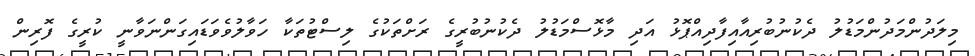
މިލަދުންމަދުންމަޑުލު ދެކުނުބުރިއާއިފާދިއްޕޮޅު އަދި މާޅޮސްމަޑުލު ދެކުނުބުރީގެ ރަށްތަކުގެ ލިސްޓުތަކާ ހަވާލުވެވަޑައިގަންނަވާނީ ކުރީގެ ފޮރިން